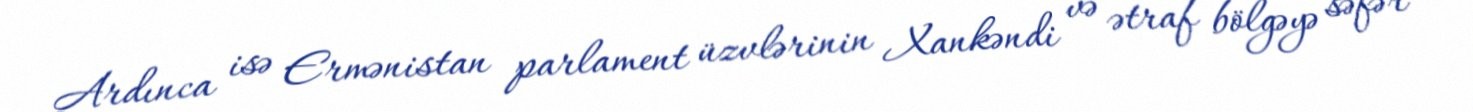
Ardınca isə Ermənistan parlament üzvlərinin Xankəndi və ətraf bölgəyə səfər